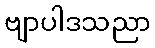
ဗျာပါဒသညာ